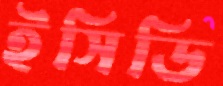
ইসিডি